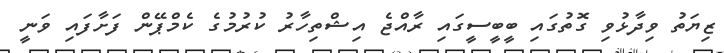
ޒިޔަތު ވިދާޅުވި ގޮތުގައި ބީބީސީގައި ރާއްޖެ އިޝްތިހާރު ކުރުމުގެ ކެމްޕޭން ފަށާފައި ވަނީ